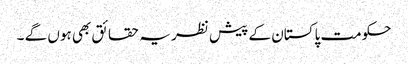
حکومت پاکستان کے پیش نظر یہ حقائق بھی ہوں گے ۔